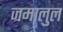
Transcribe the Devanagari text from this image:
जमालुल